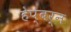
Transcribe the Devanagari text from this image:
हेप्बर्न